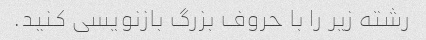
رشته زیر را با حروف بزرگ بازنویسی کنید.